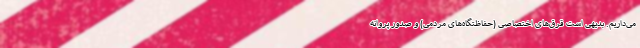
می‌داریم. بدیهی است قرق‌های اختصاصی (حفاظتگاه‌های مردمی) و صدور پروانه